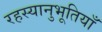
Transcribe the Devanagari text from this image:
रहस्यानुभूतियाँ